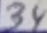
Text: 34